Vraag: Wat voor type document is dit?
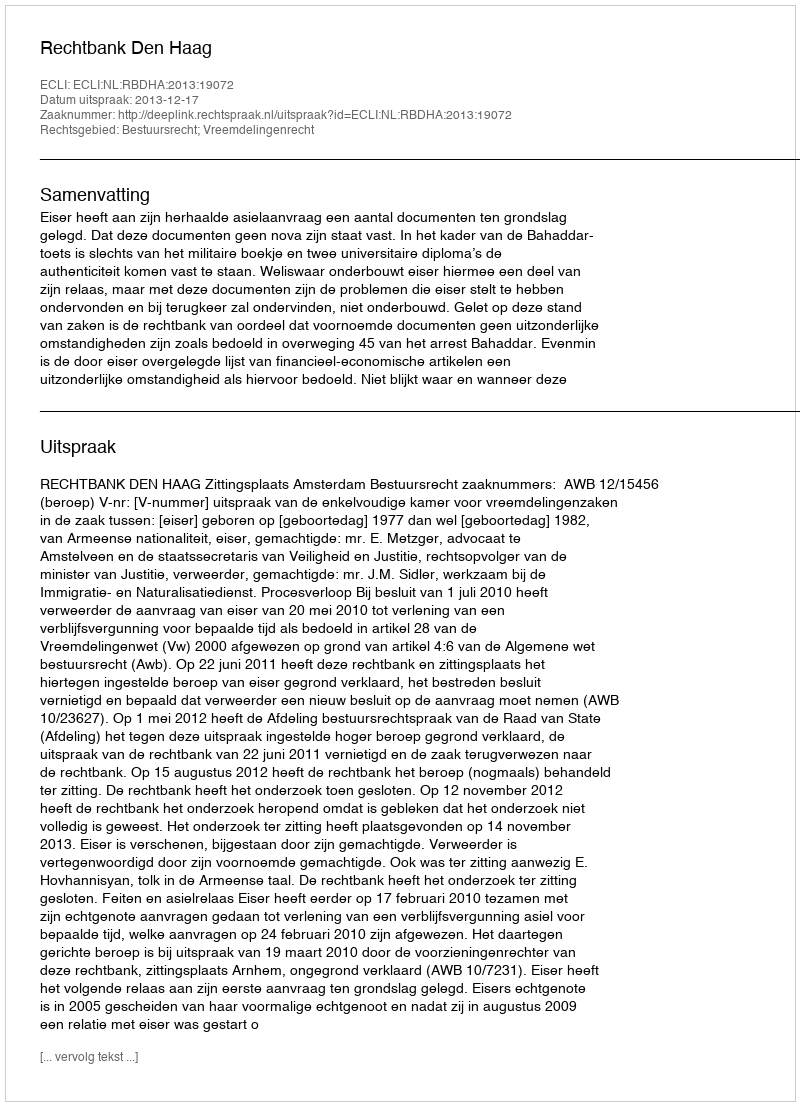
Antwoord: Uitspraak